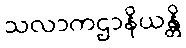
သလာကဌာနိယန္တိ